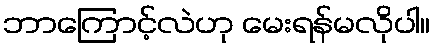
ဘာကြောင့်လဲဟု မေးရန်မလိုပါ။